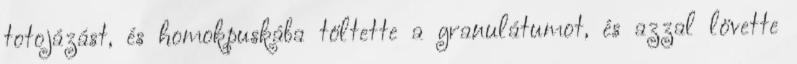
totojázást, és homokpuskába töltette a granulátumot, és azzal lövette